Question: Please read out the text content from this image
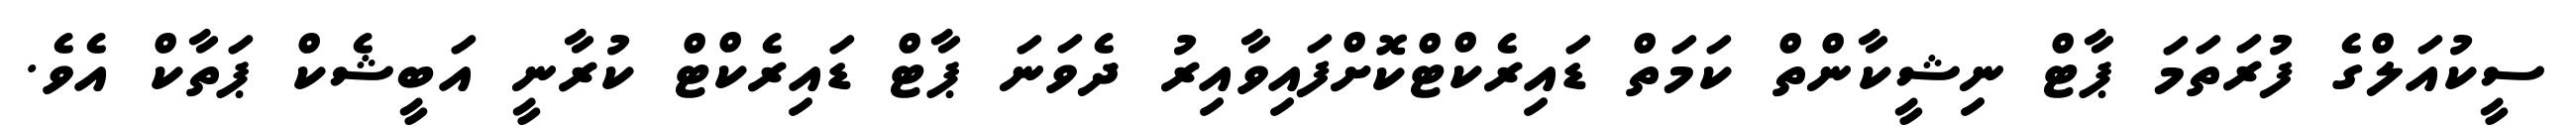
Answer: ސީކުއަލްގެ ފުރަތަމަ ޕާޓް ނިޝީކާންތް ކަމަތް ޑައިރެކްޓްކޮށްފައިވާއިރު ދެވަނަ ޕާޓް ޑައިރެކްޓް ކުރާނީ އަބީޝެކް ޕަތާކް އެވެ.